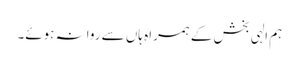
ہم الہی بخش کے ہمراہ ہاں سے روانہ ہوئے۔